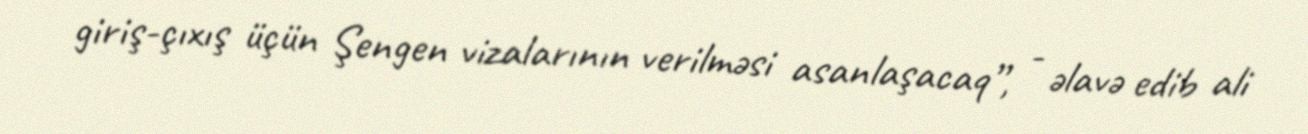
giriş-çıxış üçün Şengen vizalarının verilməsi asanlaşacaq”, - əlavə edib ali